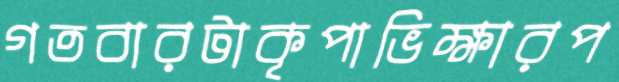
গতবারটাকৃপাভিক্ষারপ